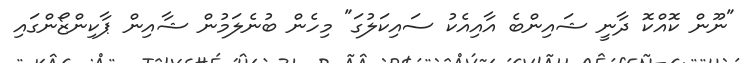
"ނޫން ކޮއްކޮ ދާނީ ޝައިންބެ އާއިއެކު ސައިކަލުގަ" މިހެން ބުނެލަމުން ޝާއިން ޕާކިންޒޯންގައި